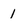
Character: 1